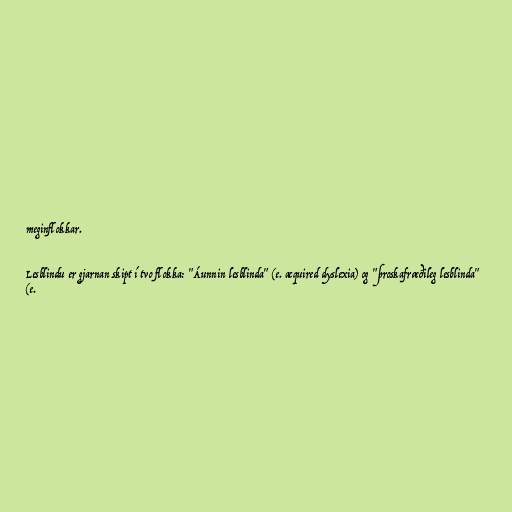
meginflokkar.

Lesblindu er gjarnan skipt í tvo flokka: "Áunnin lesblinda" (e. acquired dyslexia) og "þroskafræðileg lesblinda"
(e.